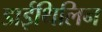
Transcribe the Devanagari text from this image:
डाईथिलिन